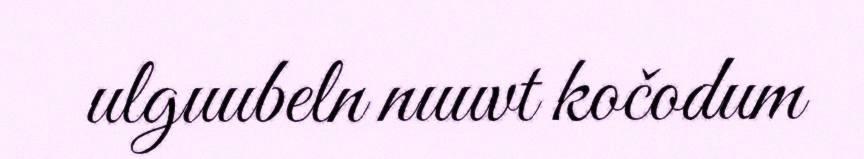
ulguubeln nuuvt kočodum